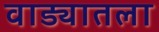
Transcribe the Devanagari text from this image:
वाड्यातला